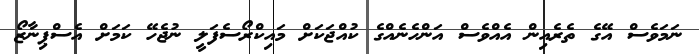
ނަމަވެސް އޭގެ ތެރެއިން އެއްވެސް އަންހެނެއްގެ ކުއްޖަކަށް މައިކްރޯސެފަލީ ނުޖެހޭ ކަމަށް އެސްޕިނާޒޯ